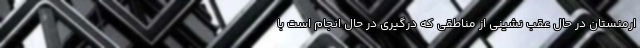
ارمنستان در حال عقب نشینی از مناطقی که درگیری در حال انجام است با